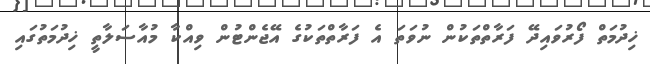
ޚިދުމަތް ފޯރުވައިދޭ ފަރާތްތަކުން ނުވަތަ އެ ފަރާތްތަކުގެ އޭޖެންޓުން ވިއްކާ މުއާސަލާތީ ޚިދުމަތުގައި